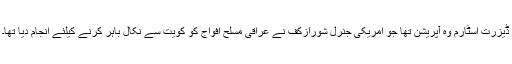
ڈیزرت اسٹارم وہ آپریشن تھا جو امریکی جنرل شورازکف نے عراقی مسلح افواج کو کویت سے نکال باہر کرنے کیلئے انجام دیا تھا۔